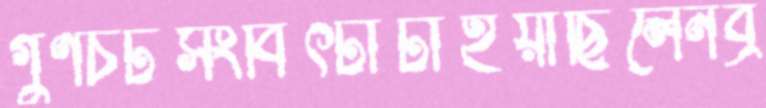
গুণচটসংবিৎটাটাইয়াছিলেনব্র